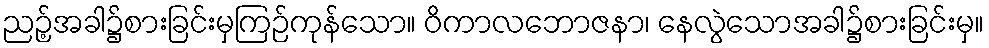
ညဉ့်အခါ၌စားခြင်းမှကြဉ်ကုန်သော။ ဝိကာလဘောဇနာ၊ နေလွဲသောအခါ၌စားခြင်းမှ။